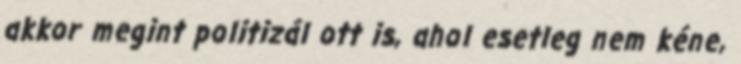
akkor megint politizál ott is, ahol esetleg nem kéne,